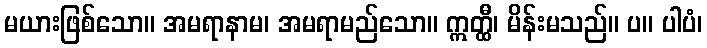
မယားဖြစ်သော။ အမရာနာမ၊ အမရာမည်သော။ ဣတ္ထီ၊ မိန်းမသည်။ ပ။ ပါပံ၊